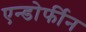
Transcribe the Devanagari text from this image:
एन्डोर्फीन